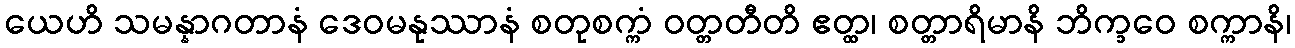
ယေဟိ သမန္နာဂတာနံ ဒေဝမနုဿာနံ စတုစက္ကံ ဝတ္တတီတိ ဧတ္ထ၊ စတ္တာရိမာနိ ဘိက္ခဝေ စက္ကာနိ၊